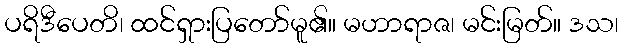
ပရိဒီပေတိ၊ ထင်ရှားပြတော်မူ၏။ မဟာရာဇ၊ မင်းမြတ်။ ဒသ၊